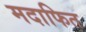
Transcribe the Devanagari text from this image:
मदाफित